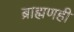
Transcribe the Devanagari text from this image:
ब्राह्मणही